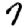
Digit: 7